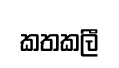
කතකලී